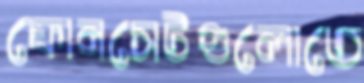
ফোনসেটগুলোতে